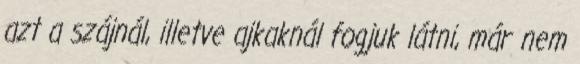
azt a szájnál, illetve ajkaknál fogjuk látni, már nem